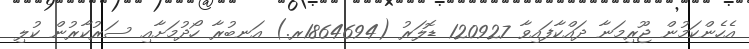
އެހެންކަމުން ޖޫރިމަނާ ދައްކާފައިވާ 120927 ޑޮލަރު (1864694ރ.) އަނބުރާ ހޯދުމަށާއި ސަރުކާރުން ކުލި